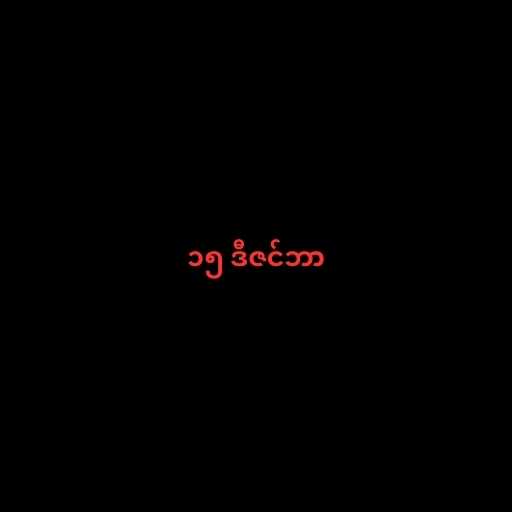
၁၅ ဒီဇင်ဘာ